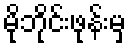
မိုဘိုင်းဖုန်းမှ